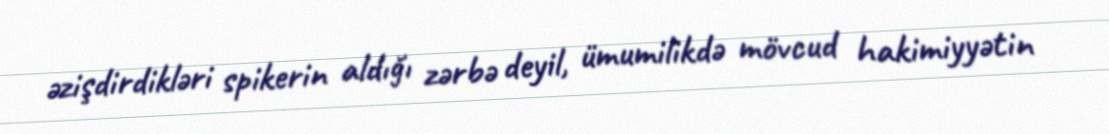
əzişdirdikləri spikerin aldığı zərbə deyil, ümumilikdə mövcud hakimiyyətin